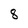
Character: 8